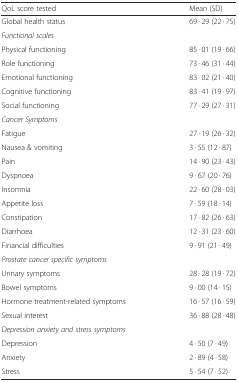
<table><thead><tr><td><b>QoL score tested</b></td><td><b>Mean (SD)</b></td></tr></thead><tbody><tr><td>Global health status</td><td>69 · 29 (22 · 75)</td></tr><tr><td colspan="2"><i>Functional scales</i></td></tr><tr><td>Physical functioning</td><td>85 · 01 (19 · 66)</td></tr><tr><td>Role functioning</td><td>73 · 46 (31 · 44)</td></tr><tr><td>Emotional functioning</td><td>83 · 02 (21 · 40)</td></tr><tr><td>Cognitive functioning</td><td>83 · 41 (19 · 97)</td></tr><tr><td>Social functioning</td><td>77 · 29 (27 · 31)</td></tr><tr><td colspan="2"><i>Cancer Symptoms</i></td></tr><tr><td>Fatigue</td><td>27 · 19 (26 · 32)</td></tr><tr><td>Nausea &amp; vomiting</td><td>3 · 55 (12 · 87)</td></tr><tr><td>Pain</td><td>14 · 90 (23 · 43)</td></tr><tr><td>Dyspnoea</td><td>9 · 67 (20 · 76)</td></tr><tr><td>Insomnia</td><td>22 · 60 (28 · 03)</td></tr><tr><td>Appetite loss</td><td>7 · 59 (18 · 14)</td></tr><tr><td>Constipation</td><td>17 · 82 (26 · 63)</td></tr><tr><td>Diarrhoea</td><td>12 · 31 (23 · 60)</td></tr><tr><td>Financial difficulties</td><td>9 · 91 (21 · 49)</td></tr><tr><td colspan="2"><i>Prostate cancer specific symptoms</i></td></tr><tr><td>Urinary symptoms</td><td>28 · 28 (19 · 72)</td></tr><tr><td>Bowel symptoms</td><td>9 · 00 (14 · 15)</td></tr><tr><td>Hormone treatment-related symptoms</td><td>16 · 57 (16 · 59)</td></tr><tr><td>Sexual interest</td><td>36 · 88 (28 · 48)</td></tr><tr><td colspan="2"><i>Depression anxiety and stress symptoms</i></td></tr><tr><td>Depression</td><td>4 · 50 (7 · 49)</td></tr><tr><td>Anxiety</td><td>2 · 89 (4 · 58)</td></tr><tr><td>Stress</td><td>5 · 54 (7 · 52)</td></tr></tbody></table>